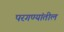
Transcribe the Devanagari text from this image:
परगण्यांतील